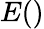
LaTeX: E()